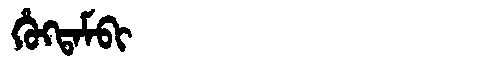
Manchu: ᡥᡠᡴᡨᠠᠮᠪᡳ
Romanization: HUKTAMBI